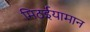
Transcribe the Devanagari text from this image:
मिठईयामान